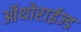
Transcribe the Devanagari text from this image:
ऑथोराईज्ड